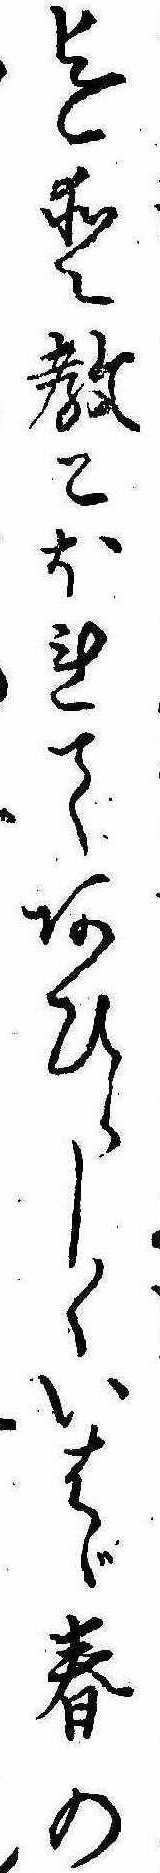
迄愛教こほれてあひらしくいはゞ春の